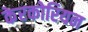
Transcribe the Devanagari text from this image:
केरकोरियन